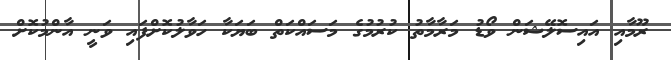
ރޫމާއި އައިސޮލޭޝަން ވޯޑު މަރާމާތު ކުރުމުގެ މަސައްކަތް ބަޔަކާ ހަވާލުކޮށްފައި ވަނީ އާންމުކޮށް